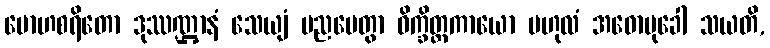
မောဟစရိတော ဒုဿဏ္ဌာနံ သေယျံ ပညပေတွာ ဝိက္ခိတ္တကာယော ဗဟုလံ အဓောမုခေါ သယတိ,